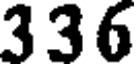
336